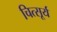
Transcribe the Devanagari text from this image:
चित्सूर्य